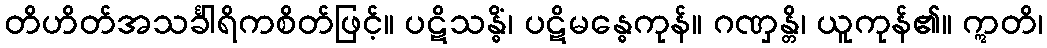
တိဟိတ်အသင်္ခါရိကစိတ်ဖြင့်။ ပဋိသန္ဓိံ၊ ပဋိမန္ဓေကုန်။ ဂဏှန္တိ၊ ယူကုန်၏။ ဣတိ၊